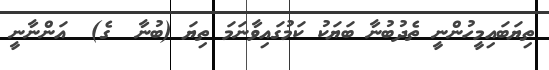
ތިޔަބައިމީހުންނީ ތެދުބުނާ ބަޔަކު ކަމުގައިވާނަމަ ތިޔަ (ބުނާ  ގެ)  އަންނާނީ